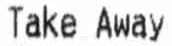
TAKE AWAY